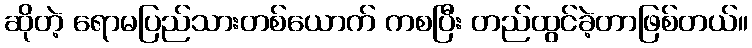
ဆိုတဲ့ ရောမပြည်သားတစ်ယောက် ကစပြီး တည်ထွင်ခဲ့တာဖြစ်တယ်။